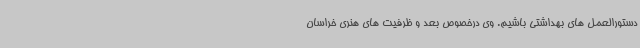
دستورالعمل های بهداشتی باشیم. وی درخصوص بعد و ظرفیت های هنری خراسان